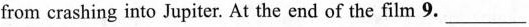
from crashing into Jupiter. At the end of the film 9. ___